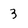
Character: 3